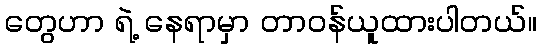
တွေဟာ ရဲ့ နေရာမှာ တာဝန်ယူထားပါတယ်။